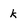
Character: k